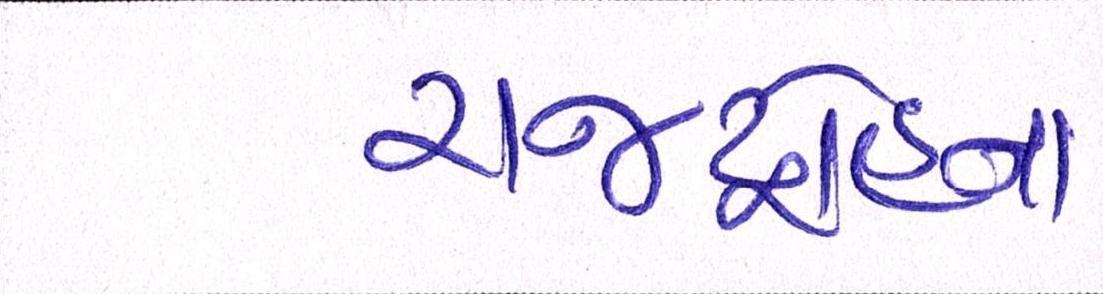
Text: રાજદ્રોહના